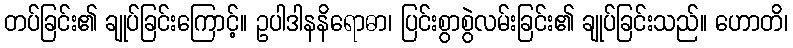
တပ်ခြင်း၏ ချုပ်ခြင်းကြောင့်။ ဥပါဒါနနိရောဓာ၊ ပြင်းစွာစွဲလမ်းခြင်း၏ ချုပ်ခြင်းသည်။ ဟောတိ၊